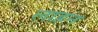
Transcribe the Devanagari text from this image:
लाहन